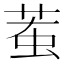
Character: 𧊝